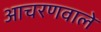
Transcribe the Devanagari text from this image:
आचरणवाले